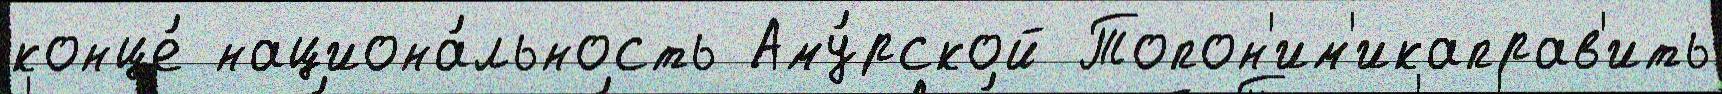
конце́ национа́льность Аму́рской Топон'им'икаправ'ить